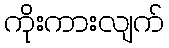
ကိုးကားလျက်